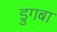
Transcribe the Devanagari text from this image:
डुगबा